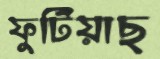
ফুটিয়াছ